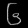
Digit: ၆